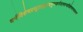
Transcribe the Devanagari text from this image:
धर्मविशेषप्रसूताद्द्रव्यगुणकर्मसामान्यविशेषसमवायानां